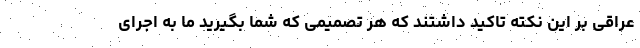
عراقی بر این نکته تاکید داشتند که هر تصمیمی که شما بگیرید ما به اجرای